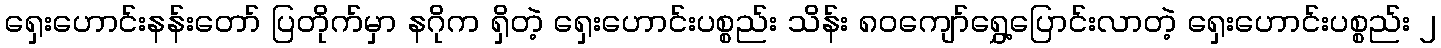
ရှေးဟောင်းနန်းတော် ပြတိုက်မှာ နဂိုက ရှိတဲ့ ရှေးဟောင်းပစ္စည်း သိန်း ၈၀ကျော်ရွှေ့ပြောင်းလာတဲ့ ရှေးဟောင်းပစ္စည်း ၂